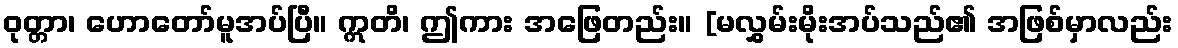
ဝုတ္တာ၊ ဟောတော်မူအပ်ပြီ။ ဣတိ၊ ဤကား အဖြေတည်း။ [မလွှမ်းမိုးအပ်သည်၏ အဖြစ်မှာလည်း